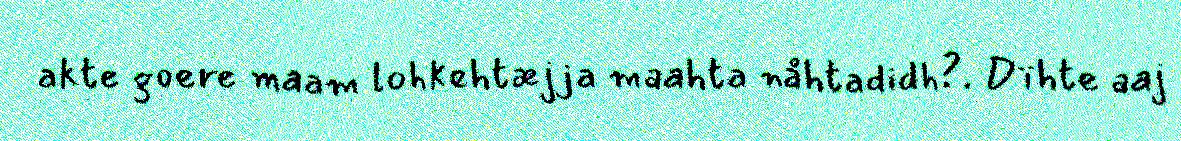
akte goere maam lohkehtæjja maahta nåhtadidh?. Dïhte aaj